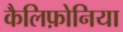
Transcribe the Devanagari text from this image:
कैलिफ़ोनिया